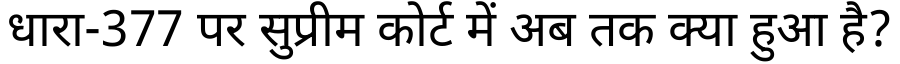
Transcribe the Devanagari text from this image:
धारा-377 पर सुप्रीम कोर्ट में अब तक क्या हुआ है?